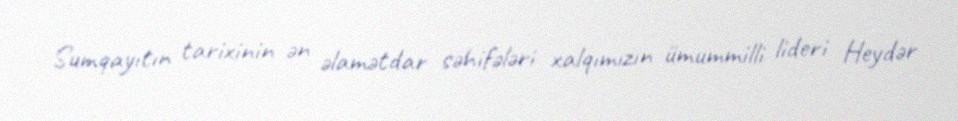
Sumqayıtın tarixinin ən əlamətdar səhifələri xalqımızın ümummilli lideri Heydər